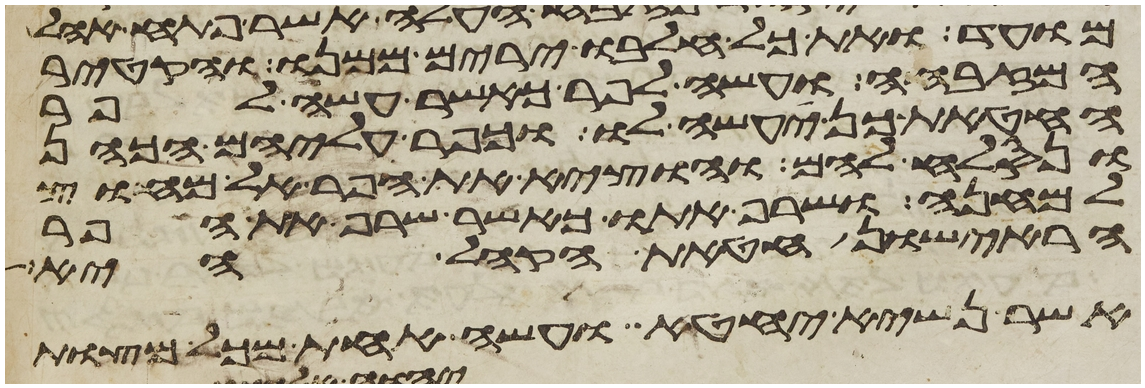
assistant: מועד ואת כל חלבו ירים ממנו והקטיר
המזבחה ועשה לפר כאשר עשה לפר
החטאת כן יעשה לו וכפר עליהם הכהן
ונסלח להם והוציא את הפר אל מחוץ
למחנה ושרף אתו כאשר שרף את הפר
הראישון חטאת הקהל היא
אשר נשיא יחטא ועשה אחת מכל מצות